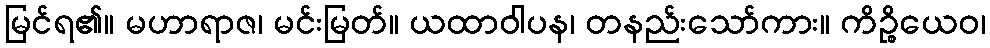
မြင်ရ၏။ မဟာရာဇ၊ မင်းမြတ်။ ယထာဝါပန၊ တနည်းသော်ကား။ ကိဉ္စိယေဝ၊